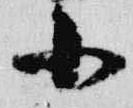
小